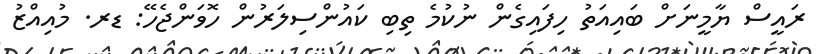
ރައީސް ޔާމީނަށް ބައިއަތު ހިފައިގެން ނުކުމެ ތިބި ކައުންސިލަރުން ހޮވަންޖެހޭ: ޑރ. މުއިއްޒު